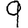
Digit: 9